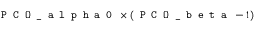
\texttt { P C O \_ a l p h a 0 } \times \left( \texttt { P C O \_ b e t a } - 1 \right)